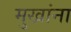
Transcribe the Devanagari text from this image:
मुखांना